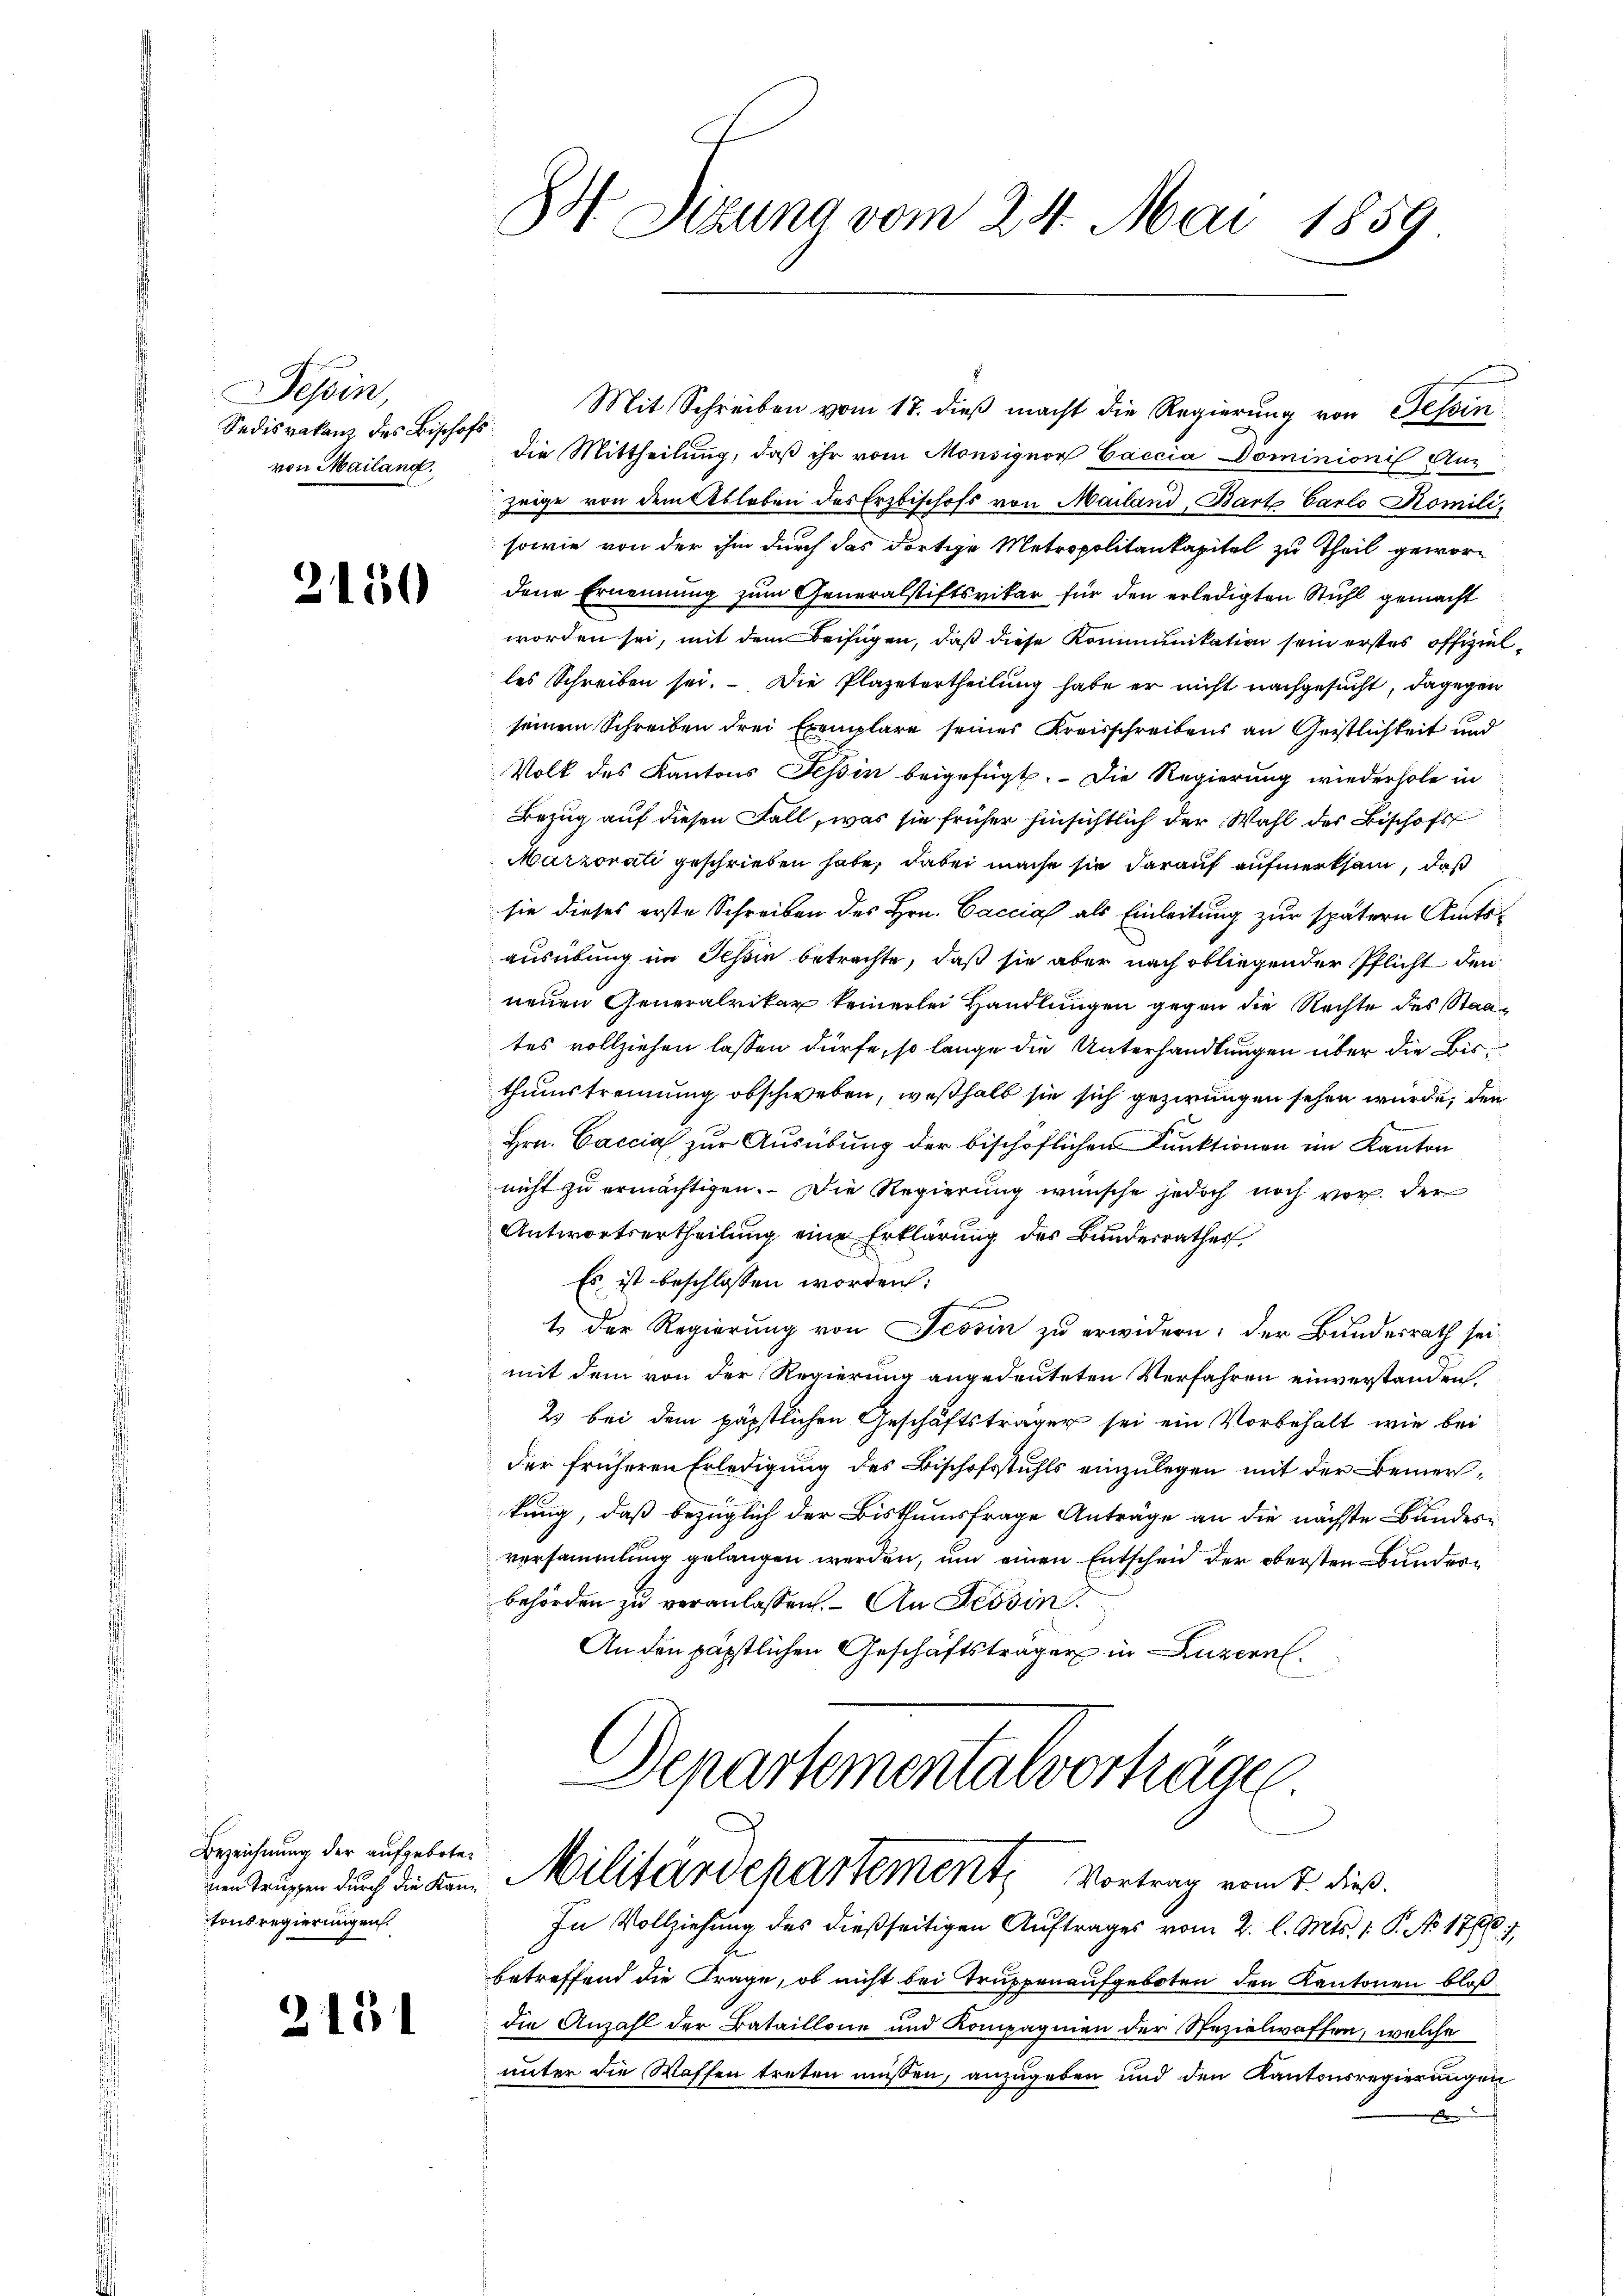
Tessin,
Sedisrakanz des Bischofs
von Mailand.

2150

Bezeichnung der aufgebotetonsregierungen.

2151

84 Sizung vom 24. Mai 1859

Mit Schreiben vom 17. dieß macht die Regierung von Tessin
die Mittheilung, daß ihr vom Monsignor Caccia Dominioni Aus
zeige von dem Ableben des Erzbischofs von Mailand, Bart Carlo Romili
sowie von der ihm durch das dortige Metropolitankapitel zu Theil gewor-
dene Ernennung zum Generalstiftsvikar für den erledigten Stuhl gemacht
worden sei, mit dem Beifügen, daß diese Kommunikation sein erstes offizielles Schreiben sei. Die Plazetertheilung habe er nicht nachgesucht, dagegen
seinem Schreiben drei Exemplare seines Kreisschreibens an Geistlichkeit und
Volk des Kantons Tessin beigefügt. Die Regierung wiederhole in
Bezug auf diesen Fall, was sie früher hinsichtlich der Wahl des Bischofs
Marzorati geschrieben habe, dabei mache sie darauf aufmerksam, daß
sie dieses erste Schreiben des Hrn. Caccia als Einleitung zur spätern Amtsausübung im Schin betrachte, daß sie aber nach obliegender Pflicht den
neuen Generalvikar keinerlei Handlungen gegen die Rechte des Staattes vollziehen lassen dürfe, so lange die Unterhandlungen über die Bisthumstrennung obschweben, weßhalb sie sich gezwungen sehen wurde, den
Hrn. Caccia zur Ausübung der bischöflichen Punktionen im Kanton
nicht zu ermächtigen. Die Regierung wünsche jedoch noch vor der
Antwortsertheilung eine Erklärung des Bunderrathes
Es ist beschlossen worden:
.
t der Regierung von Tessin zu erwidern; der Bundesrath sei
mit dem von der Regierung angedeuteten Verfahren einverstanden,
2) bei dem päpstlichen Geschäftsträger sei ein Vorbehalt, wie bei
der früheren Erledigung des Bischofsstuhls einzulegen mit der Bemerkung, daß bezüglich der Bisthumsfrage Anträge an die nächste Bundes-
versammlung gelangen werden, um einen Entscheid der obersten Bunderbehörden zu veranlassen. An Tessin.
An den päpstlichen Geschäftsträger in Luzern.
Departementalverträge

untaussen durch die am Militärdepartement, Vortrag vom 1. dieß.

In Vollziehung des dießseitigen Auftrages vom 2. l. Mts. 1. P. No 1761. 1
betreffend die Frage, ob nicht bei Truppenaufgeboten den Kantonen bloß
die Anzahl der Bataillone und Kompagnien der Spezialwaffen, welche
unter die Waffen treten müssen, anzugeben und den Kantonsregierungen
e